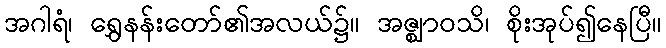
အဂါရံ၊ ရွှေနန်းတော်၏အလယ်၌။ အဇ္ဈာဝသိ၊ စိုးအုပ်၍နေပြီ။